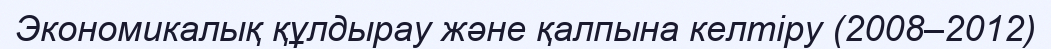
Экономикалық құлдырау және қалпына келтіру (2008–2012)